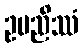
ဥပညိဿံ